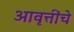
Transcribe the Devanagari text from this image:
आवृत्तींचे